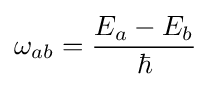
\omega _{ab}={\frac {E_{a}-E_{b}}{\hbar }}